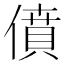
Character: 僨